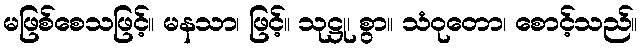
မဖြစ်စေသဖြင့်။ မနသာ၊ ဖြင့်။ သုဋ္ဌု၊ စွာ။ သံဝုတော၊ စောင့်သည်။